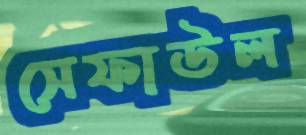
সেফাউল